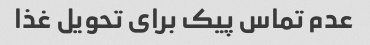
عدم تماس پیک برای تحویل غذا